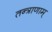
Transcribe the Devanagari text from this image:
तन्त्राणाम्